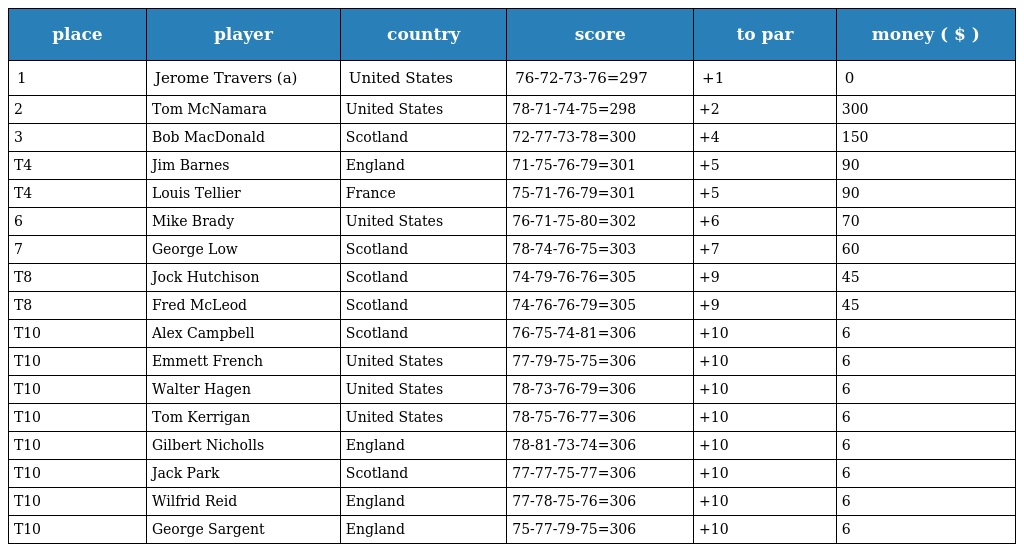
| place | player | country | score | to par | money ( $ ) |
 | --- | --- | --- | --- | --- | --- |
 | 1 | Jerome Travers (a) | United States | 76-72-73-76=297 | +1 | 0 |
 | 2 | Tom McNamara | United States | 78-71-74-75=298 | +2 | 300 |
 | 3 | Bob MacDonald | Scotland | 72-77-73-78=300 | +4 | 150 |
 | T4 | Jim Barnes | England | 71-75-76-79=301 | +5 | 90 |
 | T4 | Louis Tellier | France | 75-71-76-79=301 | +5 | 90 |
 | 6 | Mike Brady | United States | 76-71-75-80=302 | +6 | 70 |
 | 7 | George Low | Scotland | 78-74-76-75=303 | +7 | 60 |
 | T8 | Jock Hutchison | Scotland | 74-79-76-76=305 | +9 | 45 |
 | T8 | Fred McLeod | Scotland | 74-76-76-79=305 | +9 | 45 |
 | T10 | Alex Campbell | Scotland | 76-75-74-81=306 | +10 | 6 |
 | T10 | Emmett French | United States | 77-79-75-75=306 | +10 | 6 |
 | T10 | Walter Hagen | United States | 78-73-76-79=306 | +10 | 6 |
 | T10 | Tom Kerrigan | United States | 78-75-76-77=306 | +10 | 6 |
 | T10 | Gilbert Nicholls | England | 78-81-73-74=306 | +10 | 6 |
 | T10 | Jack Park | Scotland | 77-77-75-77=306 | +10 | 6 |
 | T10 | Wilfrid Reid | England | 77-78-75-76=306 | +10 | 6 |
 | T10 | George Sargent | England | 75-77-79-75=306 | +10 | 6 |